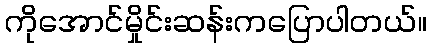
ကိုအောင်မှိုင်းဆန်းကပြောပါတယ်။